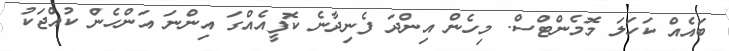
ބައެއް ކަހަލަ މޮމެންޓްސް. މިހެން އިންދަ ފެނިދާނެ ކޮފީއެއްގަ އިންނަ އަންހެން ކުއްޖަކު